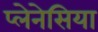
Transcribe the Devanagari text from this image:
प्लेनेसिया